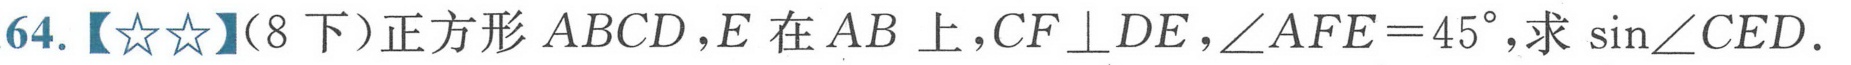
64.【☆☆】(8下）正方形$ABCD$,$E$在$AB$上,$CF\perp DE$,$\angle AFE = 45^{\circ}$,求$\sin\angle CED$.